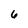
Character: 6